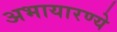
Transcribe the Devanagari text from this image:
अभायारण्ये